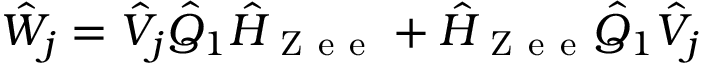
\hat { W } _ { j } = \hat { V } _ { j } \hat { Q } _ { 1 } \hat { H } _ { \mathrm { ~ Z ~ e ~ e ~ } } + \hat { H } _ { \mathrm { ~ Z ~ e ~ e ~ } } \hat { Q } _ { 1 } \hat { V } _ { j }